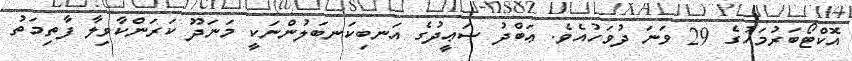
އޮކްޓޯބަރުމަހުގެ 29 ވަނަ ދުވަހުއެވެ. ޢަބްދު ސަޢީދުގެ އަނބިކަނބަލުންނަކީ މަނަދޫ ކަރަންކާވިލާ ފާތިމަތު